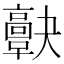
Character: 𩫠